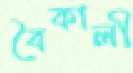
বৈকালী